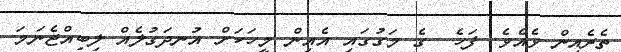
ތެރެއިން ވެއެވެ. ފަހެ  ގެ މަގުގައި އެއިން މީހަކަށް އުނދަގުލެއް ލިބިއްޖެނަމަ